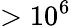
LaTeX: >10^{6}